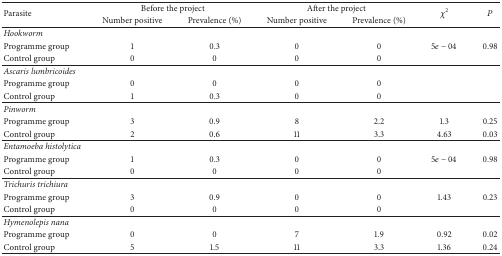
<table><thead><tr><td rowspan="2"><b>Parasite</b></td><td colspan="2"><b>Before the project</b></td><td colspan="2"><b>After the project</b></td><td rowspan="2"><b><i>χ</i><sup>2</sup></b></td><td rowspan="2"><b><i>P</i></b></td></tr><tr><td><b>Number positive </b></td><td><b>Prevalence (%) </b></td><td><b>Number positive </b></td><td><b>Prevalence (%)</b></td></tr></thead><tbody><tr><td><i>Hookworm </i></td><td>[EMPTY_CELL]</td><td>[EMPTY_CELL]</td><td>[EMPTY_CELL]</td><td>[EMPTY_CELL]</td><td>[EMPTY_CELL]</td><td>[EMPTY_CELL]</td></tr><tr><td>Programme group </td><td>1</td><td>0.3</td><td>0</td><td>0</td><td>5<i>e</i> − 04</td><td>0.98</td></tr><tr><td>Control group </td><td>0</td><td>0</td><td>0</td><td>0</td><td>[EMPTY_CELL]</td><td>[EMPTY_CELL]</td></tr><tr><td><i>Ascaris lumbricoides </i></td><td>[EMPTY_CELL]</td><td>[EMPTY_CELL]</td><td>[EMPTY_CELL]</td><td>[EMPTY_CELL]</td><td>[EMPTY_CELL]</td><td>[EMPTY_CELL]</td></tr><tr><td>Programme group </td><td>0</td><td>0</td><td>0</td><td>0</td><td>[EMPTY_CELL]</td><td>[EMPTY_CELL]</td></tr><tr><td>Control group </td><td>1</td><td>0.3</td><td>0</td><td>0</td><td>[EMPTY_CELL]</td><td>[EMPTY_CELL]</td></tr><tr><td><i>Pinworm </i></td><td>[EMPTY_CELL]</td><td>[EMPTY_CELL]</td><td>[EMPTY_CELL]</td><td>[EMPTY_CELL]</td><td>[EMPTY_CELL]</td><td>[EMPTY_CELL]</td></tr><tr><td>Programme group </td><td>3</td><td>0.9</td><td>8</td><td>2.2</td><td>1.3</td><td>0.25</td></tr><tr><td>Control group </td><td>2</td><td>0.6</td><td>11</td><td>3.3</td><td>4.63</td><td>0.03</td></tr><tr><td><i>Entamoeba histolytica </i></td><td>[EMPTY_CELL]</td><td>[EMPTY_CELL]</td><td>[EMPTY_CELL]</td><td>[EMPTY_CELL]</td><td>[EMPTY_CELL]</td><td>[EMPTY_CELL]</td></tr><tr><td>Programme group </td><td>1</td><td>0.3</td><td>0</td><td>0</td><td>5<i>e</i> − 04</td><td>0.98</td></tr><tr><td>Control group</td><td>0</td><td>0</td><td>0</td><td>0</td><td>[EMPTY_CELL]</td><td>[EMPTY_CELL]</td></tr><tr><td><i>Trichuris trichiura </i></td><td>[EMPTY_CELL]</td><td>[EMPTY_CELL]</td><td>[EMPTY_CELL]</td><td>[EMPTY_CELL]</td><td>[EMPTY_CELL]</td><td>[EMPTY_CELL]</td></tr><tr><td>Programme group </td><td>3</td><td>0.9</td><td>0</td><td>0</td><td>1.43</td><td>0.23</td></tr><tr><td>Control group</td><td>0</td><td>0</td><td>0</td><td>0</td><td>[EMPTY_CELL]</td><td>[EMPTY_CELL]</td></tr><tr><td><i>Hymenolepis nana </i></td><td>[EMPTY_CELL]</td><td>[EMPTY_CELL]</td><td>[EMPTY_CELL]</td><td>[EMPTY_CELL]</td><td>[EMPTY_CELL]</td><td>[EMPTY_CELL]</td></tr><tr><td>Programme group </td><td>0</td><td>0</td><td>7</td><td>1.9</td><td>0.92</td><td>0.02</td></tr><tr><td>Control group </td><td>5</td><td>1.5</td><td>11</td><td>3.3</td><td>1.36</td><td>0.24</td></tr></tbody></table>